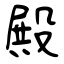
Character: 殿